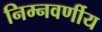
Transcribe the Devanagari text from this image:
निम्नवर्णीय